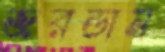
জরডান